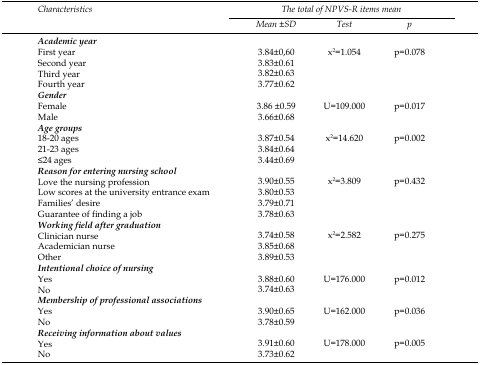
| <ROWSPAN=3> Characteristics | <COLSPAN=3> The total of NPVS-R items mean |
 | Mean ±SD | Test | p |
 | --- | --- | --- | --- |
 | Academic year |  |  |  |
 | First year | 3.84±0,60 | x2=1.054 | p=0.078 |
 | Second year | 3.83±0.61 |  |  |
 | Third year | 3.82±0.63 |  |  |
 | Fourth year | 3.77±0.62 |  |  |
 | Gender |  |  |  |
 | Female | 3.86 ±0.59 | U=109.000 | p=0.017 |
 | Male | 3.66±0.68 |  |  |
 | Age groups |  |  |  |
 | 18-20 ages | 3.87±0.54 | x2=14.620 | p=0.002 |
 | 21-23 ages | 3.84±0.64 |  |  |
 | ≤24 ages | 3.44±0.69 |  |  |
 | Reason for entering nursing school |  |  |  |
 | Love the nursing profession | 3.90±0.55 | x2=3.809 | p=0.432 |
 | Low scores at the university entrance exam | 3.80±0.53 |  |  |
 | Families’ desire | 3.79±0.71 |  |  |
 | Guarantee of finding a job | 3.78±0.63 |  |  |
 | Working field after graduation |  |  |  |
 | Clinician nurse | 3.74±0.58 | x2=2.582 | p=0.275 |
 | Academician nurse | 3.85±0.68 |  |  |
 | Other | 3.89±0.53 |  |  |
 | Intentional choice of nursing |  |  |  |
 | Yes | 3.88±0.60 | U=176.000 | p=0.012 |
 | No | 3.74±0.63 |  |  |
 | Membership of professional associations |  |  |  |
 | Yes | 3.90±0.65 | U=162.000 | p=0.036 |
 | No | 3.78±0.59 |  |  |
 | Receiving information about values |  |  |  |
 | Yes | 3.91±0.60 | U=178.000 | p=0.005 |
 | No | 3.73±0.62 |  |  |